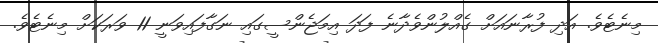
މިނެޓެވެ. އަދި ފުރާނައަށް ގެއްލުންވެދާނެ ފަދަ އިމަޖެންސީގައި ނަގާފައިވަނީ 11 ވަރަކަށް މިނެޓެވެ.